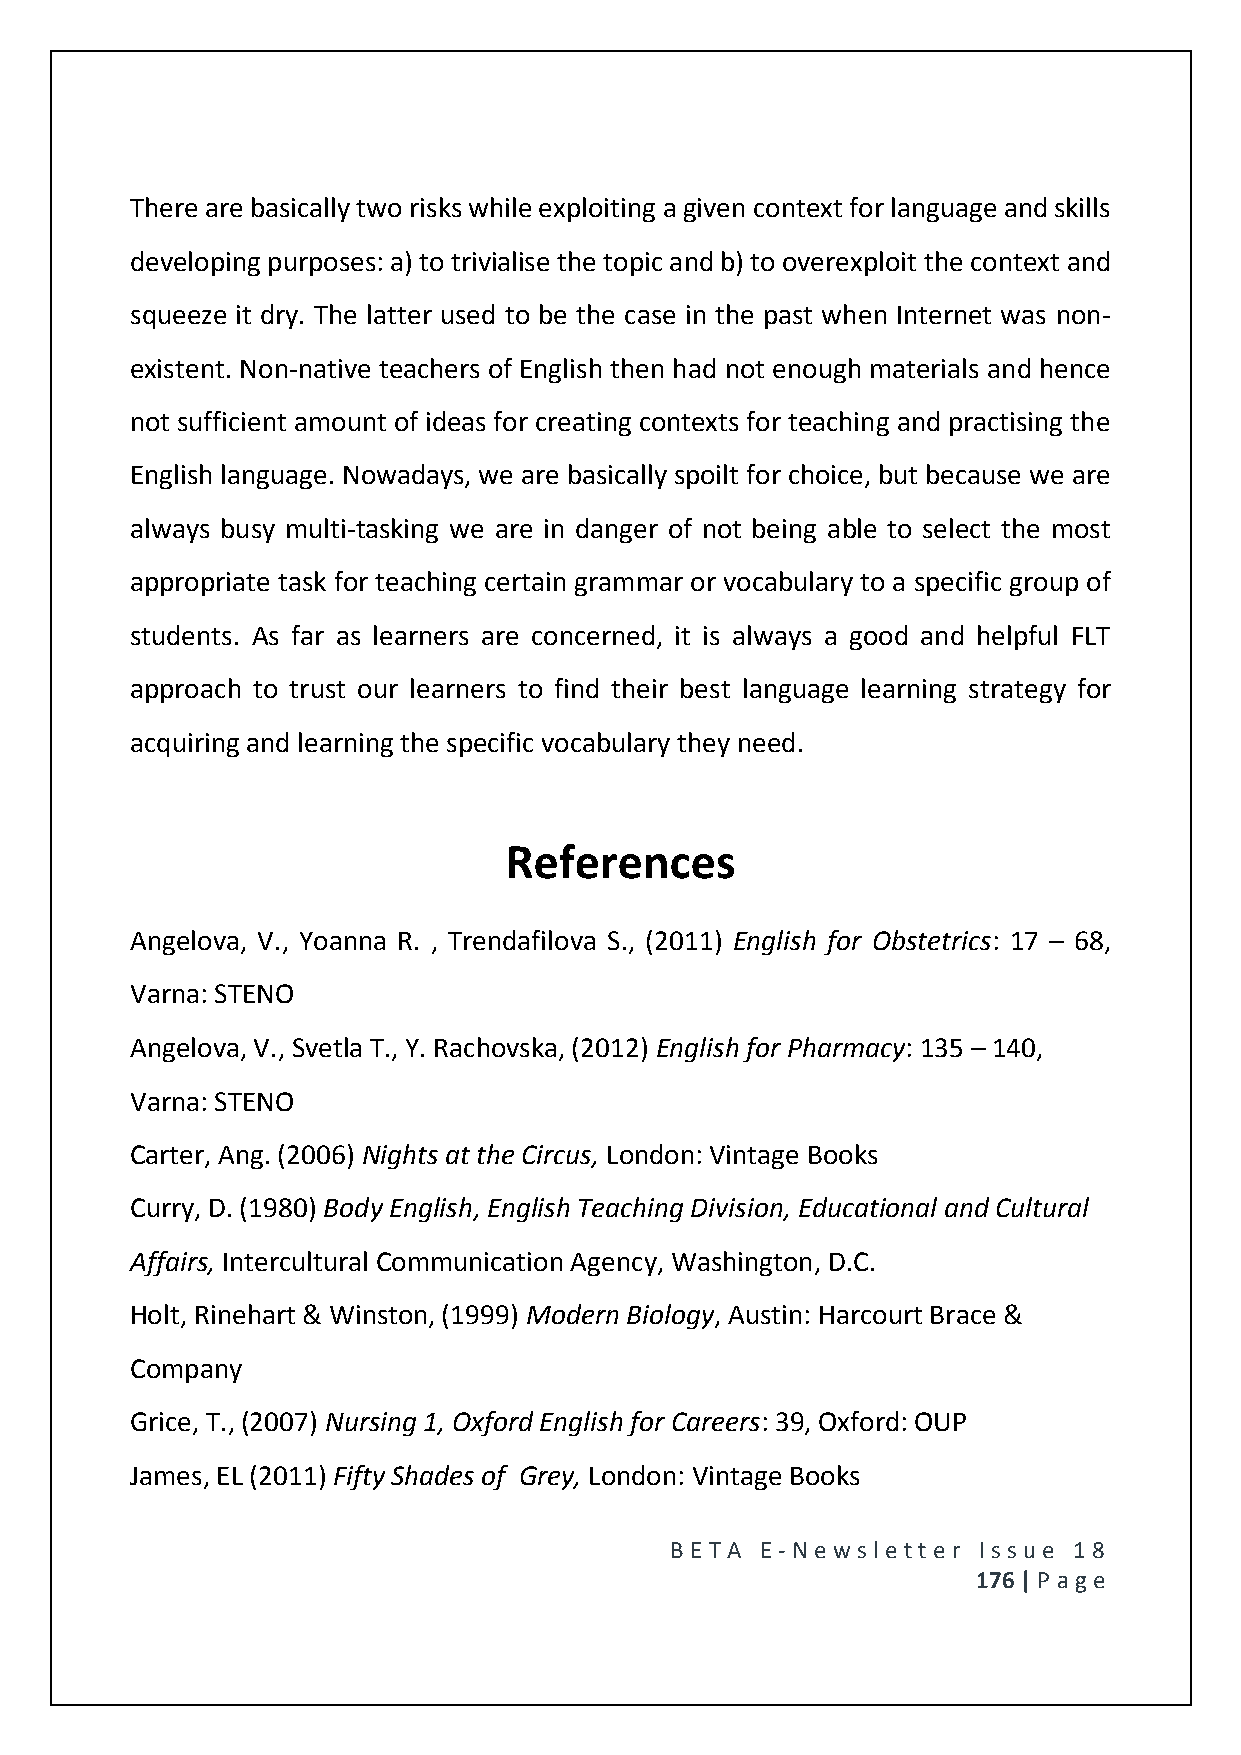
There are basically two risks while exploiting a given context for language and skills
 developing purposes: a) to trivialise the topic and b) to overexploit the context and
 squeeze it dry. The latter used to be the case in the past when Internet was non-
 existent. Non-native teachers of English then had not enough materials and hence
 not sufficient amount of ideas for creating contexts for teaching and practising the
 English language. Nowadays, we are basically spoilt for choice, but because we are
 always busy multi-tasking we are in danger of not being able to select the most
 appropriate task for teaching certain grammar or vocabulary to a specific group of
 students. As far as learners are concerned, it is always a good and helpful FLT
 approach to trust our learners to find their best language learning strategy for
 acquiring and learning the specific vocabulary they need.
 References
 Angelova, V., Yoanna R. , Trendafilova S., (2011) English for Obstetrics: 17 – 68,
 Varna: STENO
 Angelova, V., Svetla T., Y. Rachovska, (2012) English for Pharmacy: 135 – 140,
 Varna: STENO
 Carter, Ang. (2006) Nights at the Circus, London: Vintage Books
 Curry, D. (1980) Body English, English Teaching Division, Educational and Cultural
 Affairs, Intercultural Communication Agency, Washington, D.C.
 Holt, Rinehart & Winston, (1999) Modern Biology, Austin: Harcourt Brace &
 Company
 Grice, T., (2007) Nursing 1, Oxford English for Careers: 39, Oxford: OUP
 James, EL (2011) Fifty Shades of Grey, London: Vintage Books
 BE T A E -N e wsle tt e r Issue 18
 176 | P age